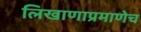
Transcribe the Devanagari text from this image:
लिखाणाप्रमाणेच